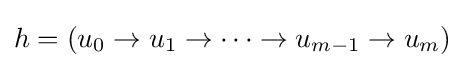
h=(u_{0}\rightarrow u_{1}\rightarrow \cdots \rightarrow u_{m-1}\rightarrow u_{m})